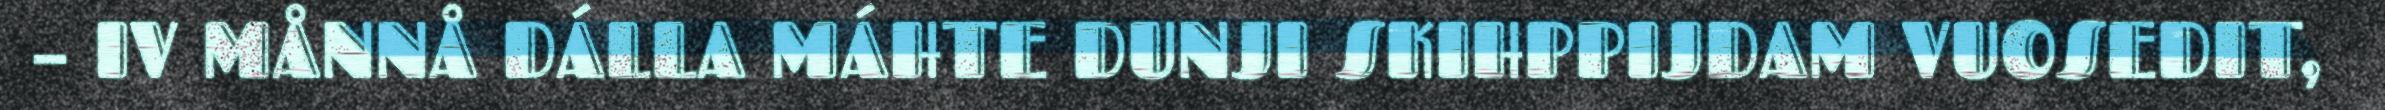
– IV MÅNNÅ DÁLLA MÁHTE DUNJI SKIHPPIJDAM VUOSEDIT,